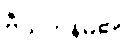
ဗီယက်နမ်၏